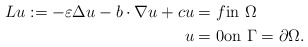
\begin{align*}Lu:=-\varepsilon \Delta u -b\cdot\nabla u+cu&=f\mbox{in}\,\, \Omega\\u&=0 \mbox{on}\,\, \Gamma= \partial \Omega. \end{align*}